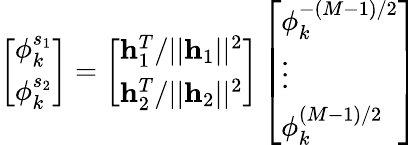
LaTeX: \left[\begin{array}{l}{\phi_{k}^{s_{1}}}\\ {\phi_{k}^{s_{2}}}\end{array}\right]=\left[\begin{array}{l}{\mathbf{h}_{1}^{T}/||\mathbf{h}_{1}||^{2}}\\ {\mathbf{h}_{2}^{T}/||\mathbf{h}_{2}||^{2}}\end{array}\right]\left[\begin{array}{l}{\phi_{k}^{-(M-1)/2}}\\ {\vdots}\\ {\phi_{k}^{(M-1)/2}}\end{array}\right]